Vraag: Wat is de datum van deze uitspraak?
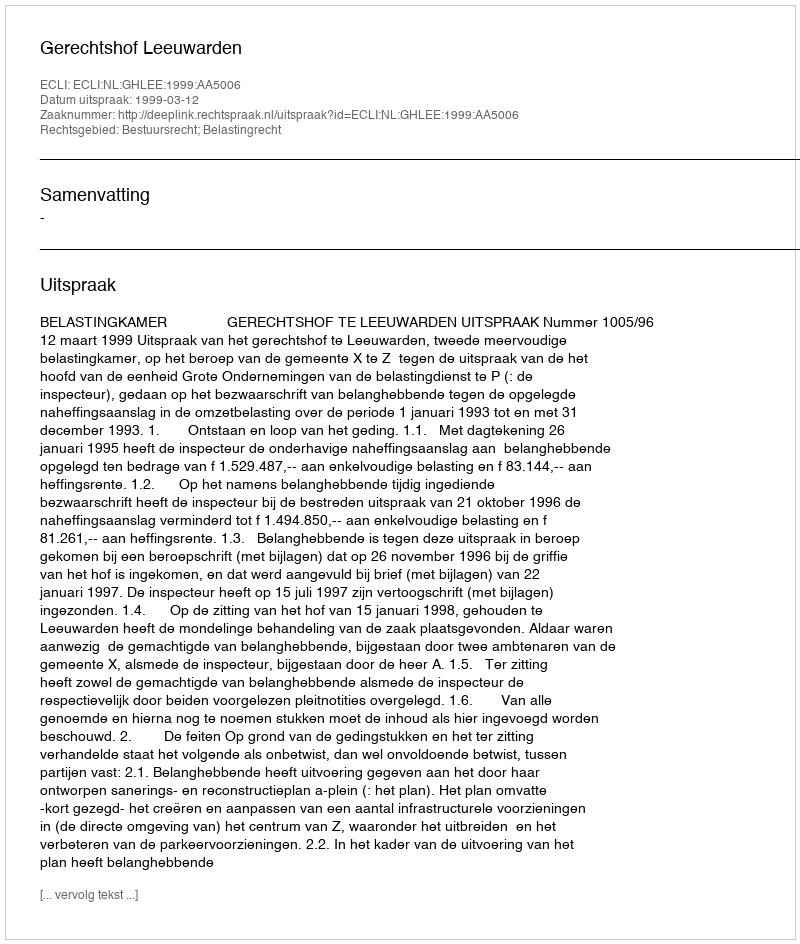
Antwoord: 1999-03-12